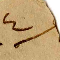
٤